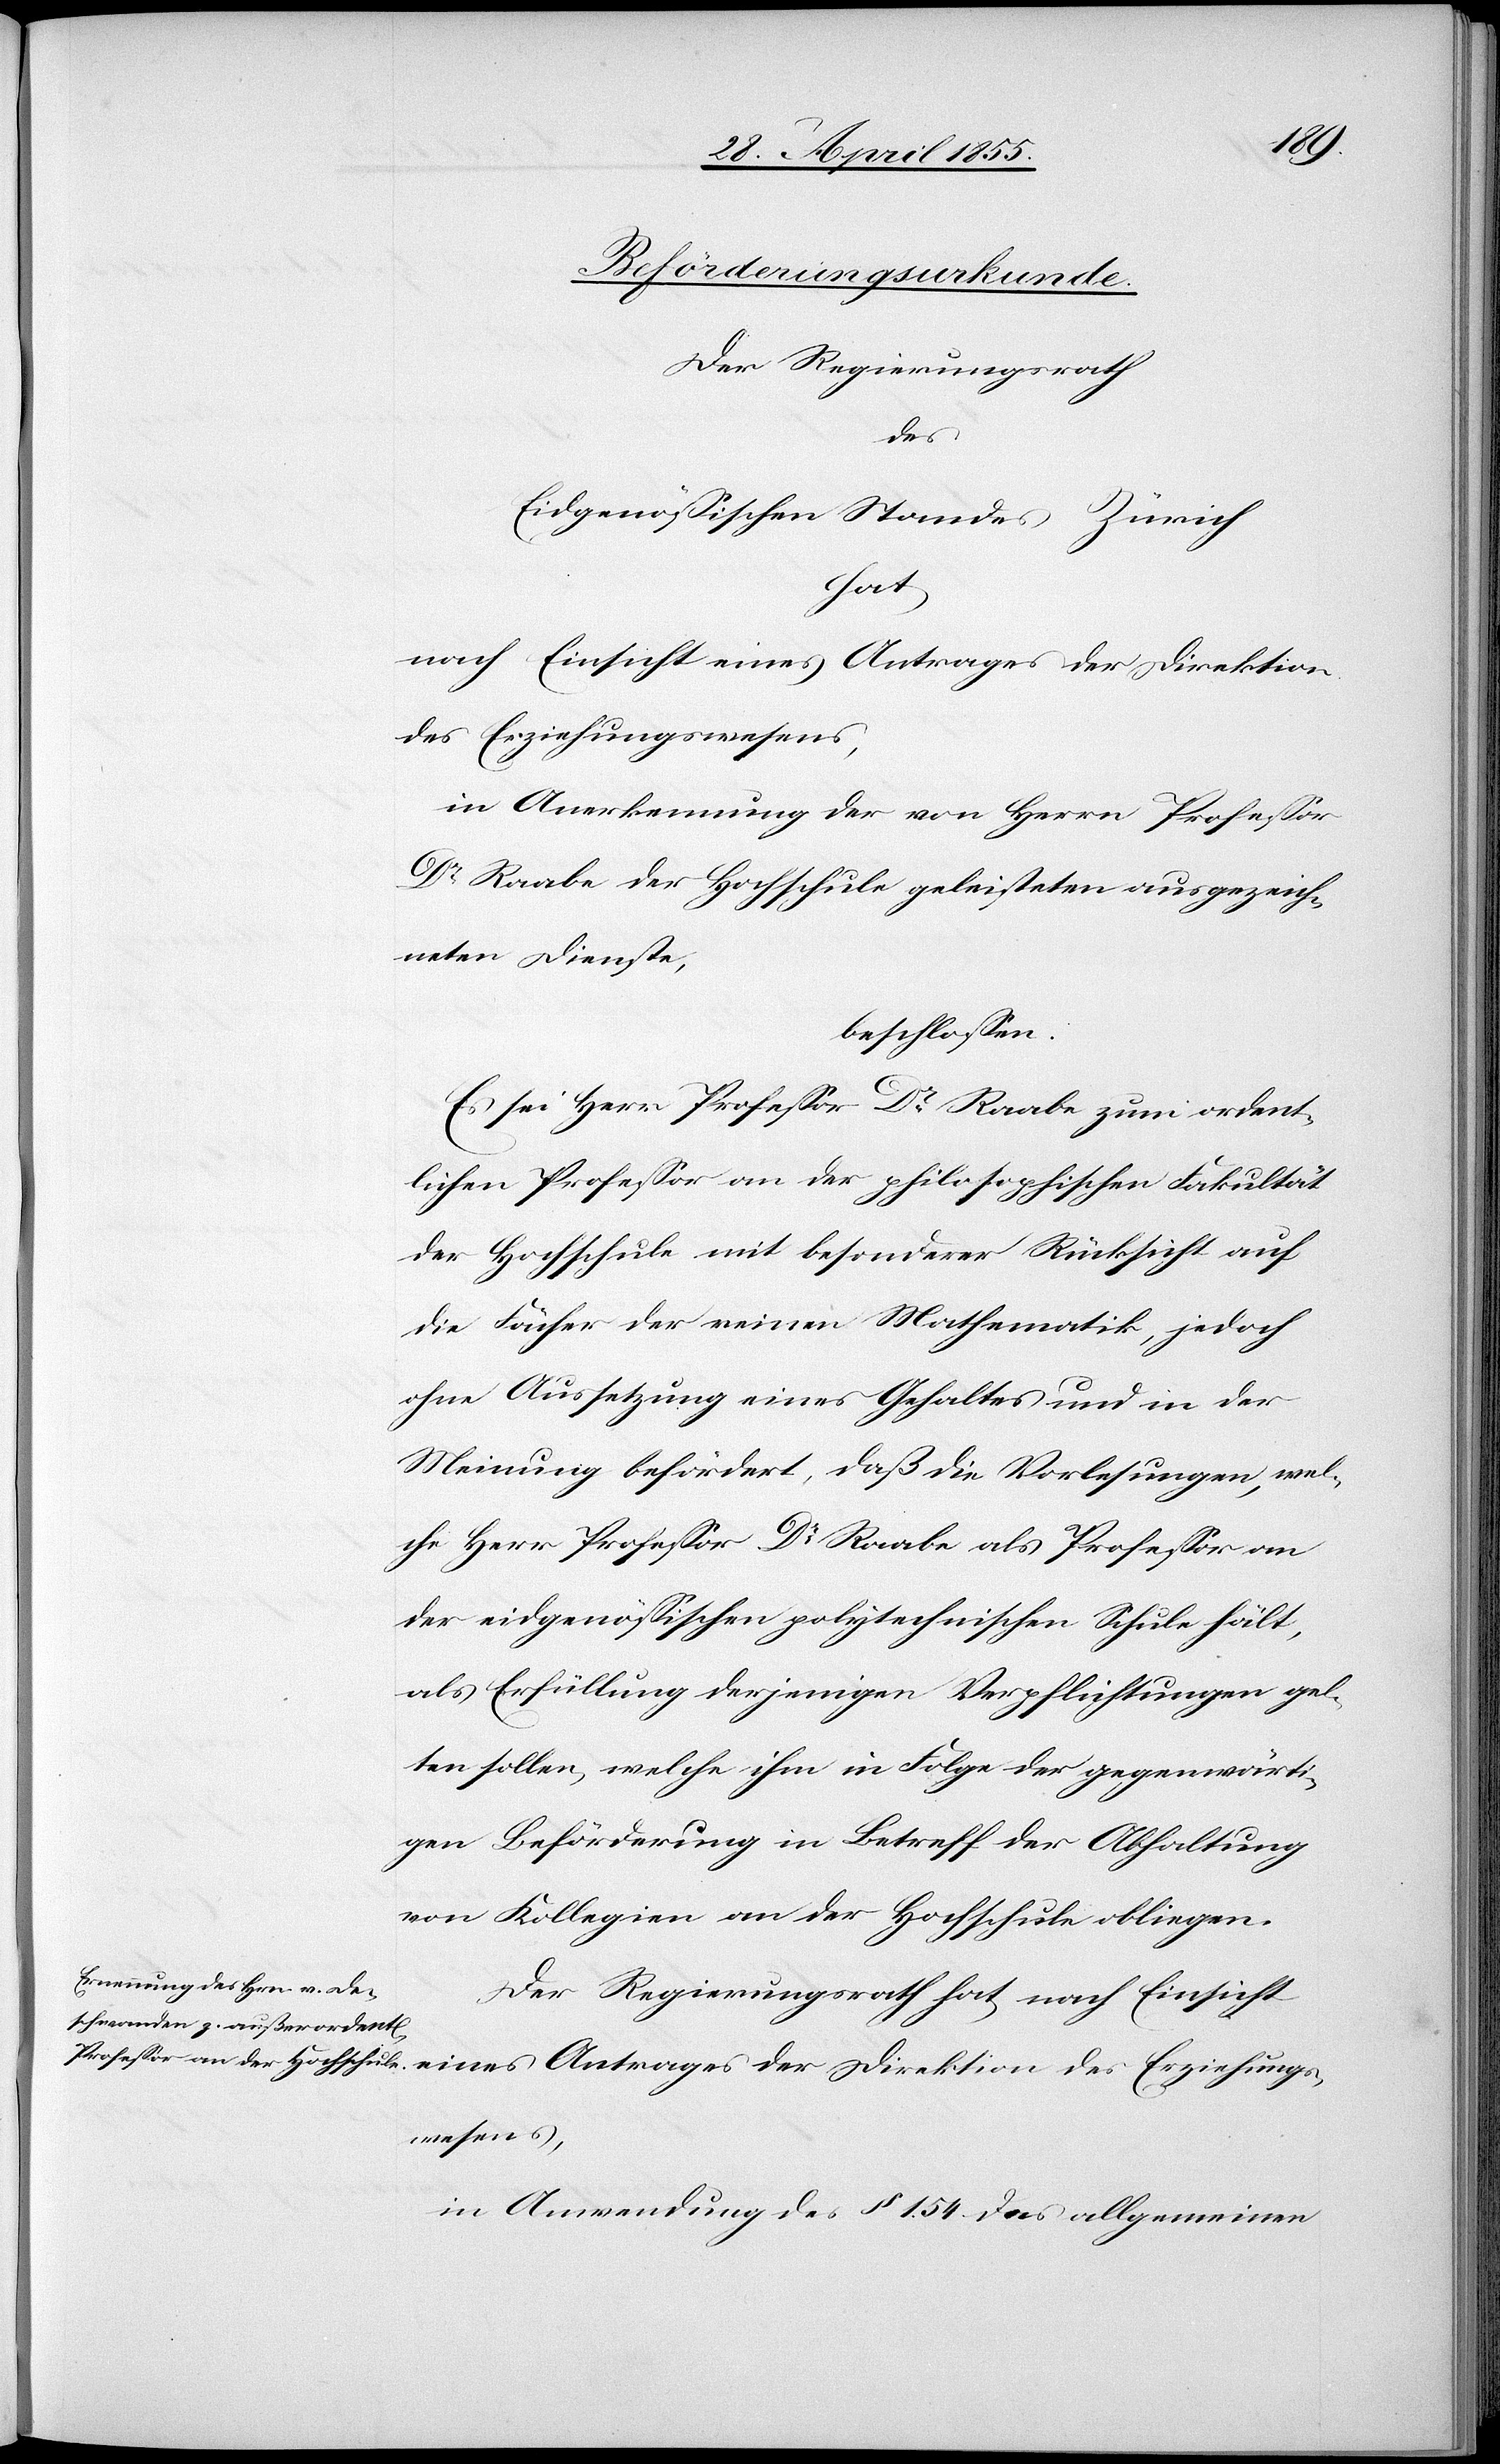
Beförderungsurkunde.
Der Regierungsrath
des
Eidgenössichen Standes Zürich
hat,
nach Einsicht eines Antrages der Direktion
des Erziehungswesens,
in Anerkennung der von Herrn Professor
Dr Raabe der Hochschule geleisteten ausgezeich¬
neten Dienste,
beschlossen:
Es sei Herr Professor Dr Raabe zum ordent¬
lichen Professor an der philosophischen Fakultät
der Hochschule mit besonderer Rücksicht auf
die Fächer der reinen Mathematik, jedoch
ohne Aussetzung eines Gehaltes und in der
Meinung befördert, daß die Vorlesungen, wel¬
che Herr Professor Dr Raabe als Professor an
der eidgenössischen polytechnischen Schule hält,
als Erfüllung derjenigen Verpflichtungen gel¬
ten sollen, welche ihm in Folge der gegenwärti¬
gen Beförderung in Betreff der Abhaltung
von Kollegien an der Hochschule obliegen.
in Anwendung des § 154 des allgemeinen